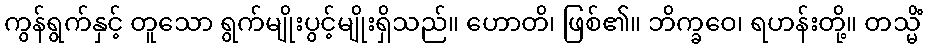
ကွန်ရွက်နှင့် တူသော ရွက်မျိုးပွင့်မျိုးရှိသည်။ ဟောတိ၊ ဖြစ်၏။ ဘိက္ခဝေ၊ ရဟန်းတို့။ တသ္မိံ